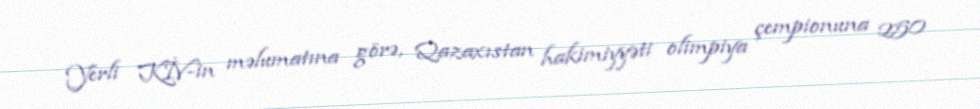
Yerli KİV-in məlumatına görə, Qazaxıstan hakimiyyəti olimpiya çempionuna 250